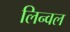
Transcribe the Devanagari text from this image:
लिन्वल